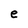
Character: e